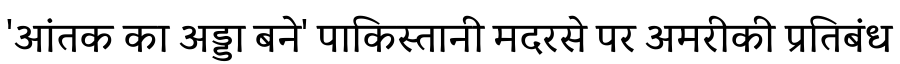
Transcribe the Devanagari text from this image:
'आंतक का अड्डा बने' पाकिस्तानी मदरसे पर अमरीकी प्रतिबंध